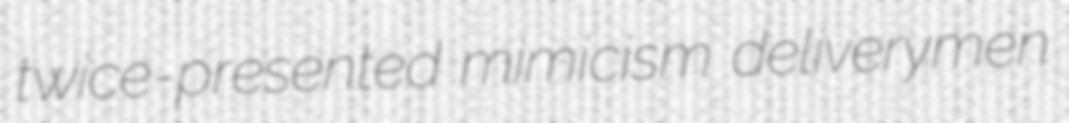
twice-presented mimicism deliverymen